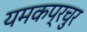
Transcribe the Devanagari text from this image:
यमकप्रचुर